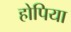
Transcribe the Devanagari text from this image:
होपिया